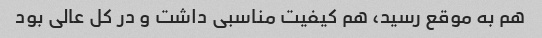
هم به موقع رسید، هم کیفیت مناسبی داشت و در کل عالی بود